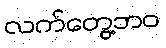
လက်တွေ့ဘဝ